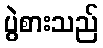
ပွဲစားသည်